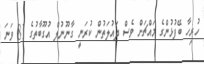
ހުރިހާ ބޭފުޅުންގެ މައްޗަށް ވެސް ދައުލަތުން ކުރަނީ ގާނޫނުލް އުގޫބާތުގެ 81 ވަނަ